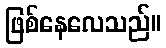
ဖြစ်နေလေသည်။